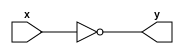

module simple (input  [1:0] x, 
               output [1:0] y);
    assign y = ~x;
endmodule